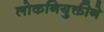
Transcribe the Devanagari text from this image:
लोकनियुक्तीने